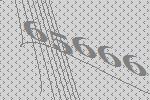
65666